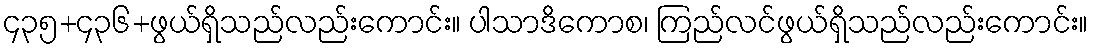
၄၃၅+၄၃၆+ဖွယ်ရှိသည်လည်းကောင်း။ ပါသာဒိကောစ၊ ကြည်လင်ဖွယ်ရှိသည်လည်းကောင်း။